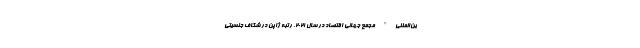
ین‌المللی" مجمع جهانی اقتصاد در سال 2021، رتبه ژاپن در شکاف جنسیتی